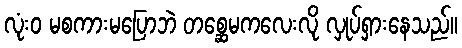
လုံးဝ မစကားမပြောဘဲ တစ္ဆေမကလေးလို လှုပ်ရှားနေသည်။